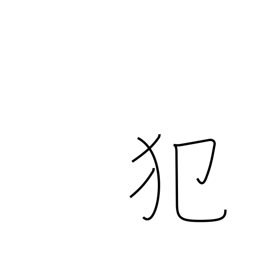
Meaning: sin